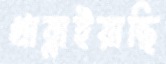
খাব্‌লাইয়াছি